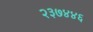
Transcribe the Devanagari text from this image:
२३७४४६